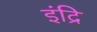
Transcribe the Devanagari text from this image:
इंद्रि